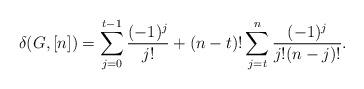
LaTeX: \begin{align*} \delta(G,[n])=\sum_{j=0}^{t-1}\frac{(-1)^j}{j!} +(n-t)!\sum_{j=t}^{n}\frac{(-1)^j}{j!(n-j)!}. \end{align*}